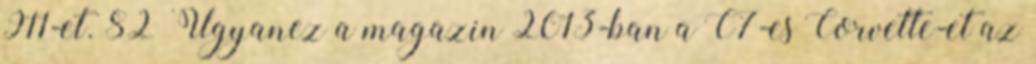
911-et. 82 Ugyanez a magazin 2013-ban a C7-es Corvette-et az